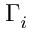
\Gamma _ { i }